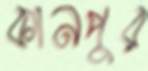
কানপুর